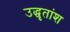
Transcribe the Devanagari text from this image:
उद्धृतांश